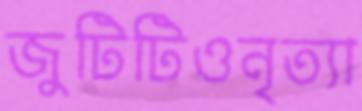
জুটিটিওনৃত্যা